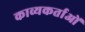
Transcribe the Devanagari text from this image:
काव्यकर्ताओं